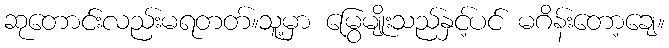
ဆုတောင်းလည်းမရတတ်။သူ့မှာ မြွေမျိုးသည်နှင့်ပင် မဂိန်းတော့ချေ။